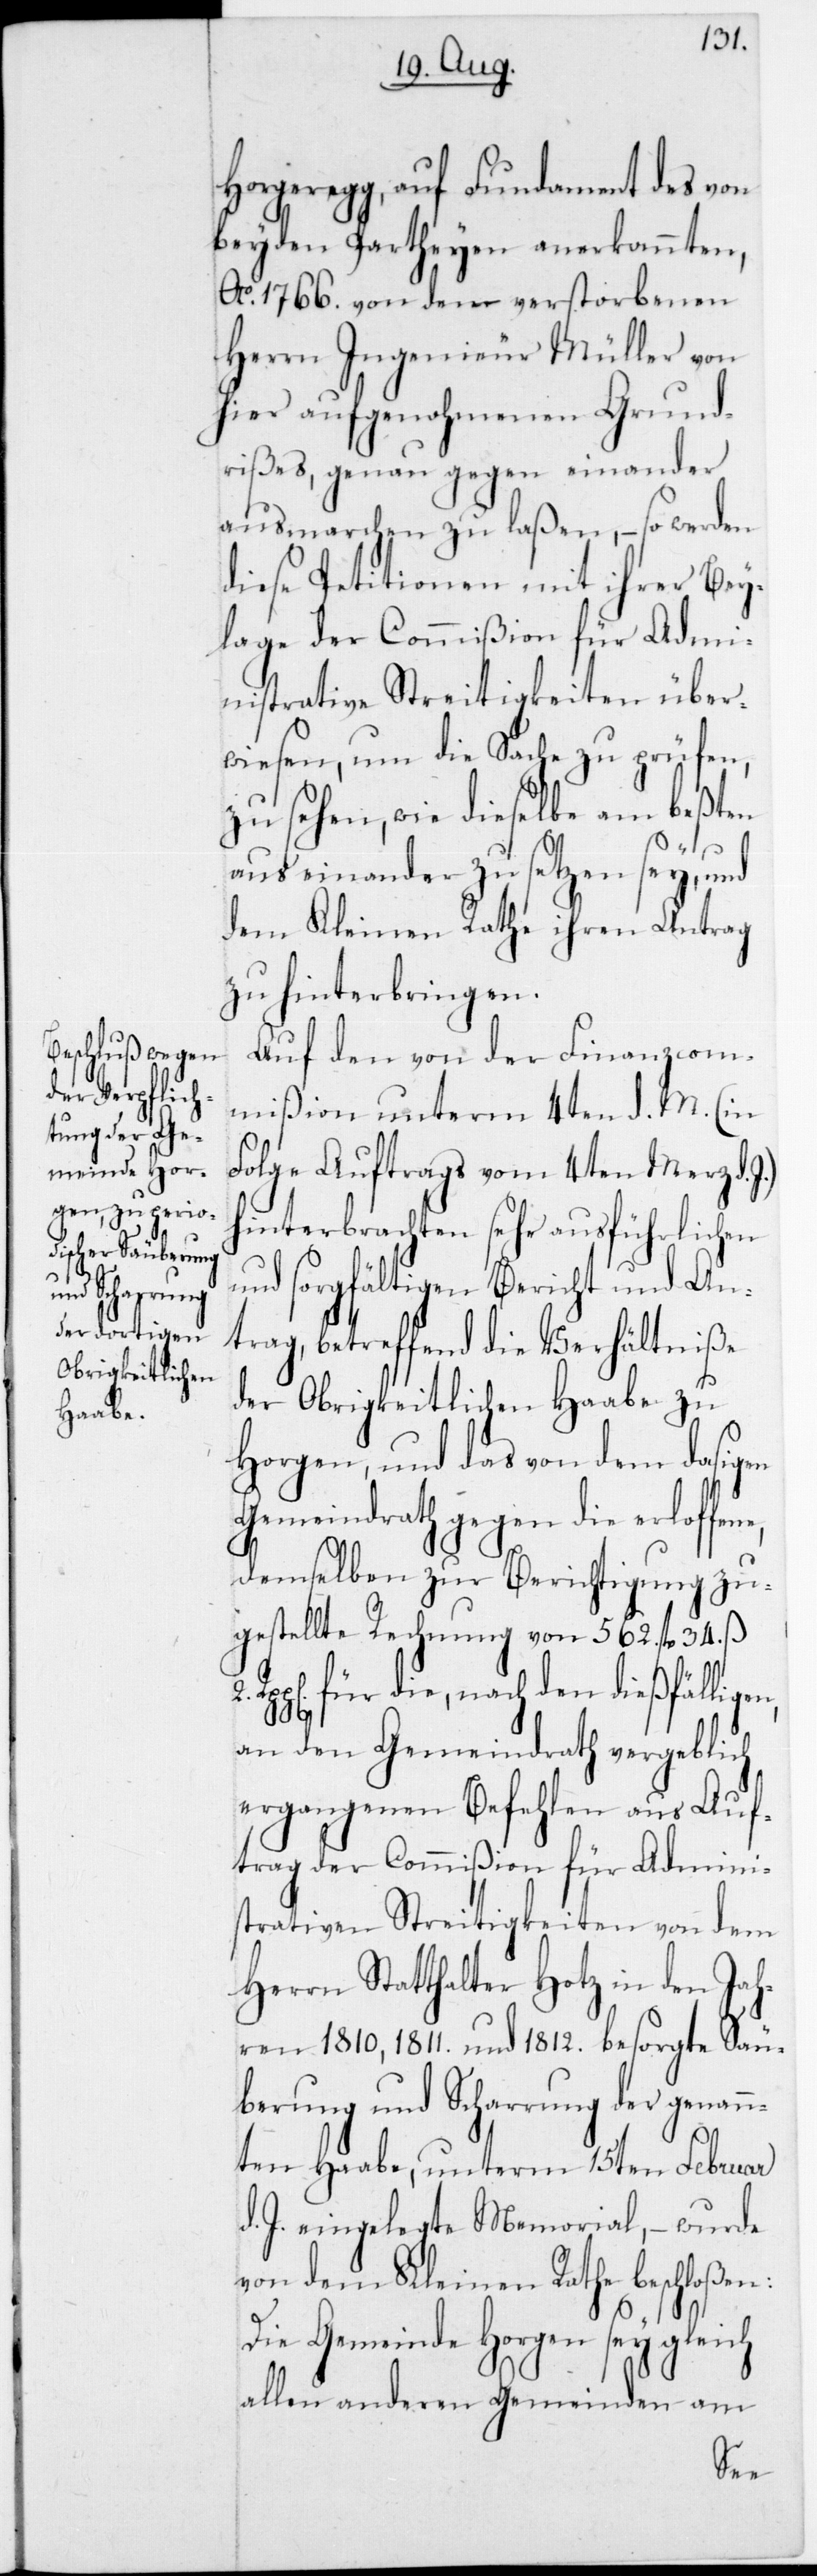
Horgeregg, auf Fundament des von
beyden Partheyen anerkannten,
Ao 1766 von dem verstorbenen
Herrn Ingenieur Müller von
hier aufgenohmenen Grund¬
rißes, genau gegen einander
ausmarchen zu laßen, – so werden
diese Petitionen mit ihrer Bey¬
lage der Commißion für Admi¬
nistrative Streitigkeiten über¬
wiesen, um die Sache zu prüfen,
zu sehen, wie dieselbe am beßten
aus einander zu sezen sey, und
dem Kleinen Rathe ihren Antrag
zu hinterbringen.
Auf den von der Finanzcom¬
mißion unterm 4ten d. M. (in
Folge Auftrags vom 4ten März d.
hinterbrachten sehr ausführlichen
und sorgfältigen Bericht und An¬
trag, betreffend die Verhältniße
der Obrigkeitlichen Haabe zu
Horgen, und das von dem dasigen
Gemeindrath gegen die erloffen¬
demselben zur Berichtigung zu¬
gestellte Rechnung von 562 fl. 34 ß
Rpp[en]. für die, nach den dießfälligen,
an den Gemeindrath vergeblich
ergangenen Befehlen aus Auf¬
trag der Commißion für Admini¬
strative Streitigkeiten von dem
Herrn Statthalter Hotz in den Jah¬
ren 1810, 1811 und 1812 besorgte Säu¬
berung und Scharrung der genan¬
nten Haabe, unterm 15ten Februar
d. J. eingelegte Memorial, – wurde
von dem Kleinen Rathe beschloßen:
Die Gemeinde Horgen sey gleich
allen anderen Gemeinden am
e,